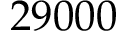
2 9 0 0 0